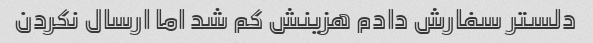
دلستر سفارش دادم هزینش کم شد اما ارسال نکردن